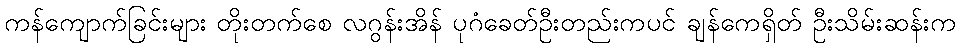
ကန်ကျောက်ခြင်းများ တိုးတက်စေ လဂွန်းအိန် ပုဂံခေတ်ဦးတည်းကပင် ချန်ကေရှိတ် ဦးသိမ်းဆန်းက